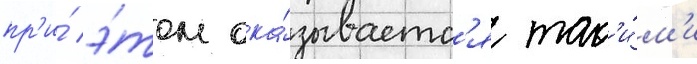
пр'и́ э́том ока́зываетс'я так'и́м'и